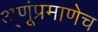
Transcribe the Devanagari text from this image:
अ्णूंप्रमाणेच